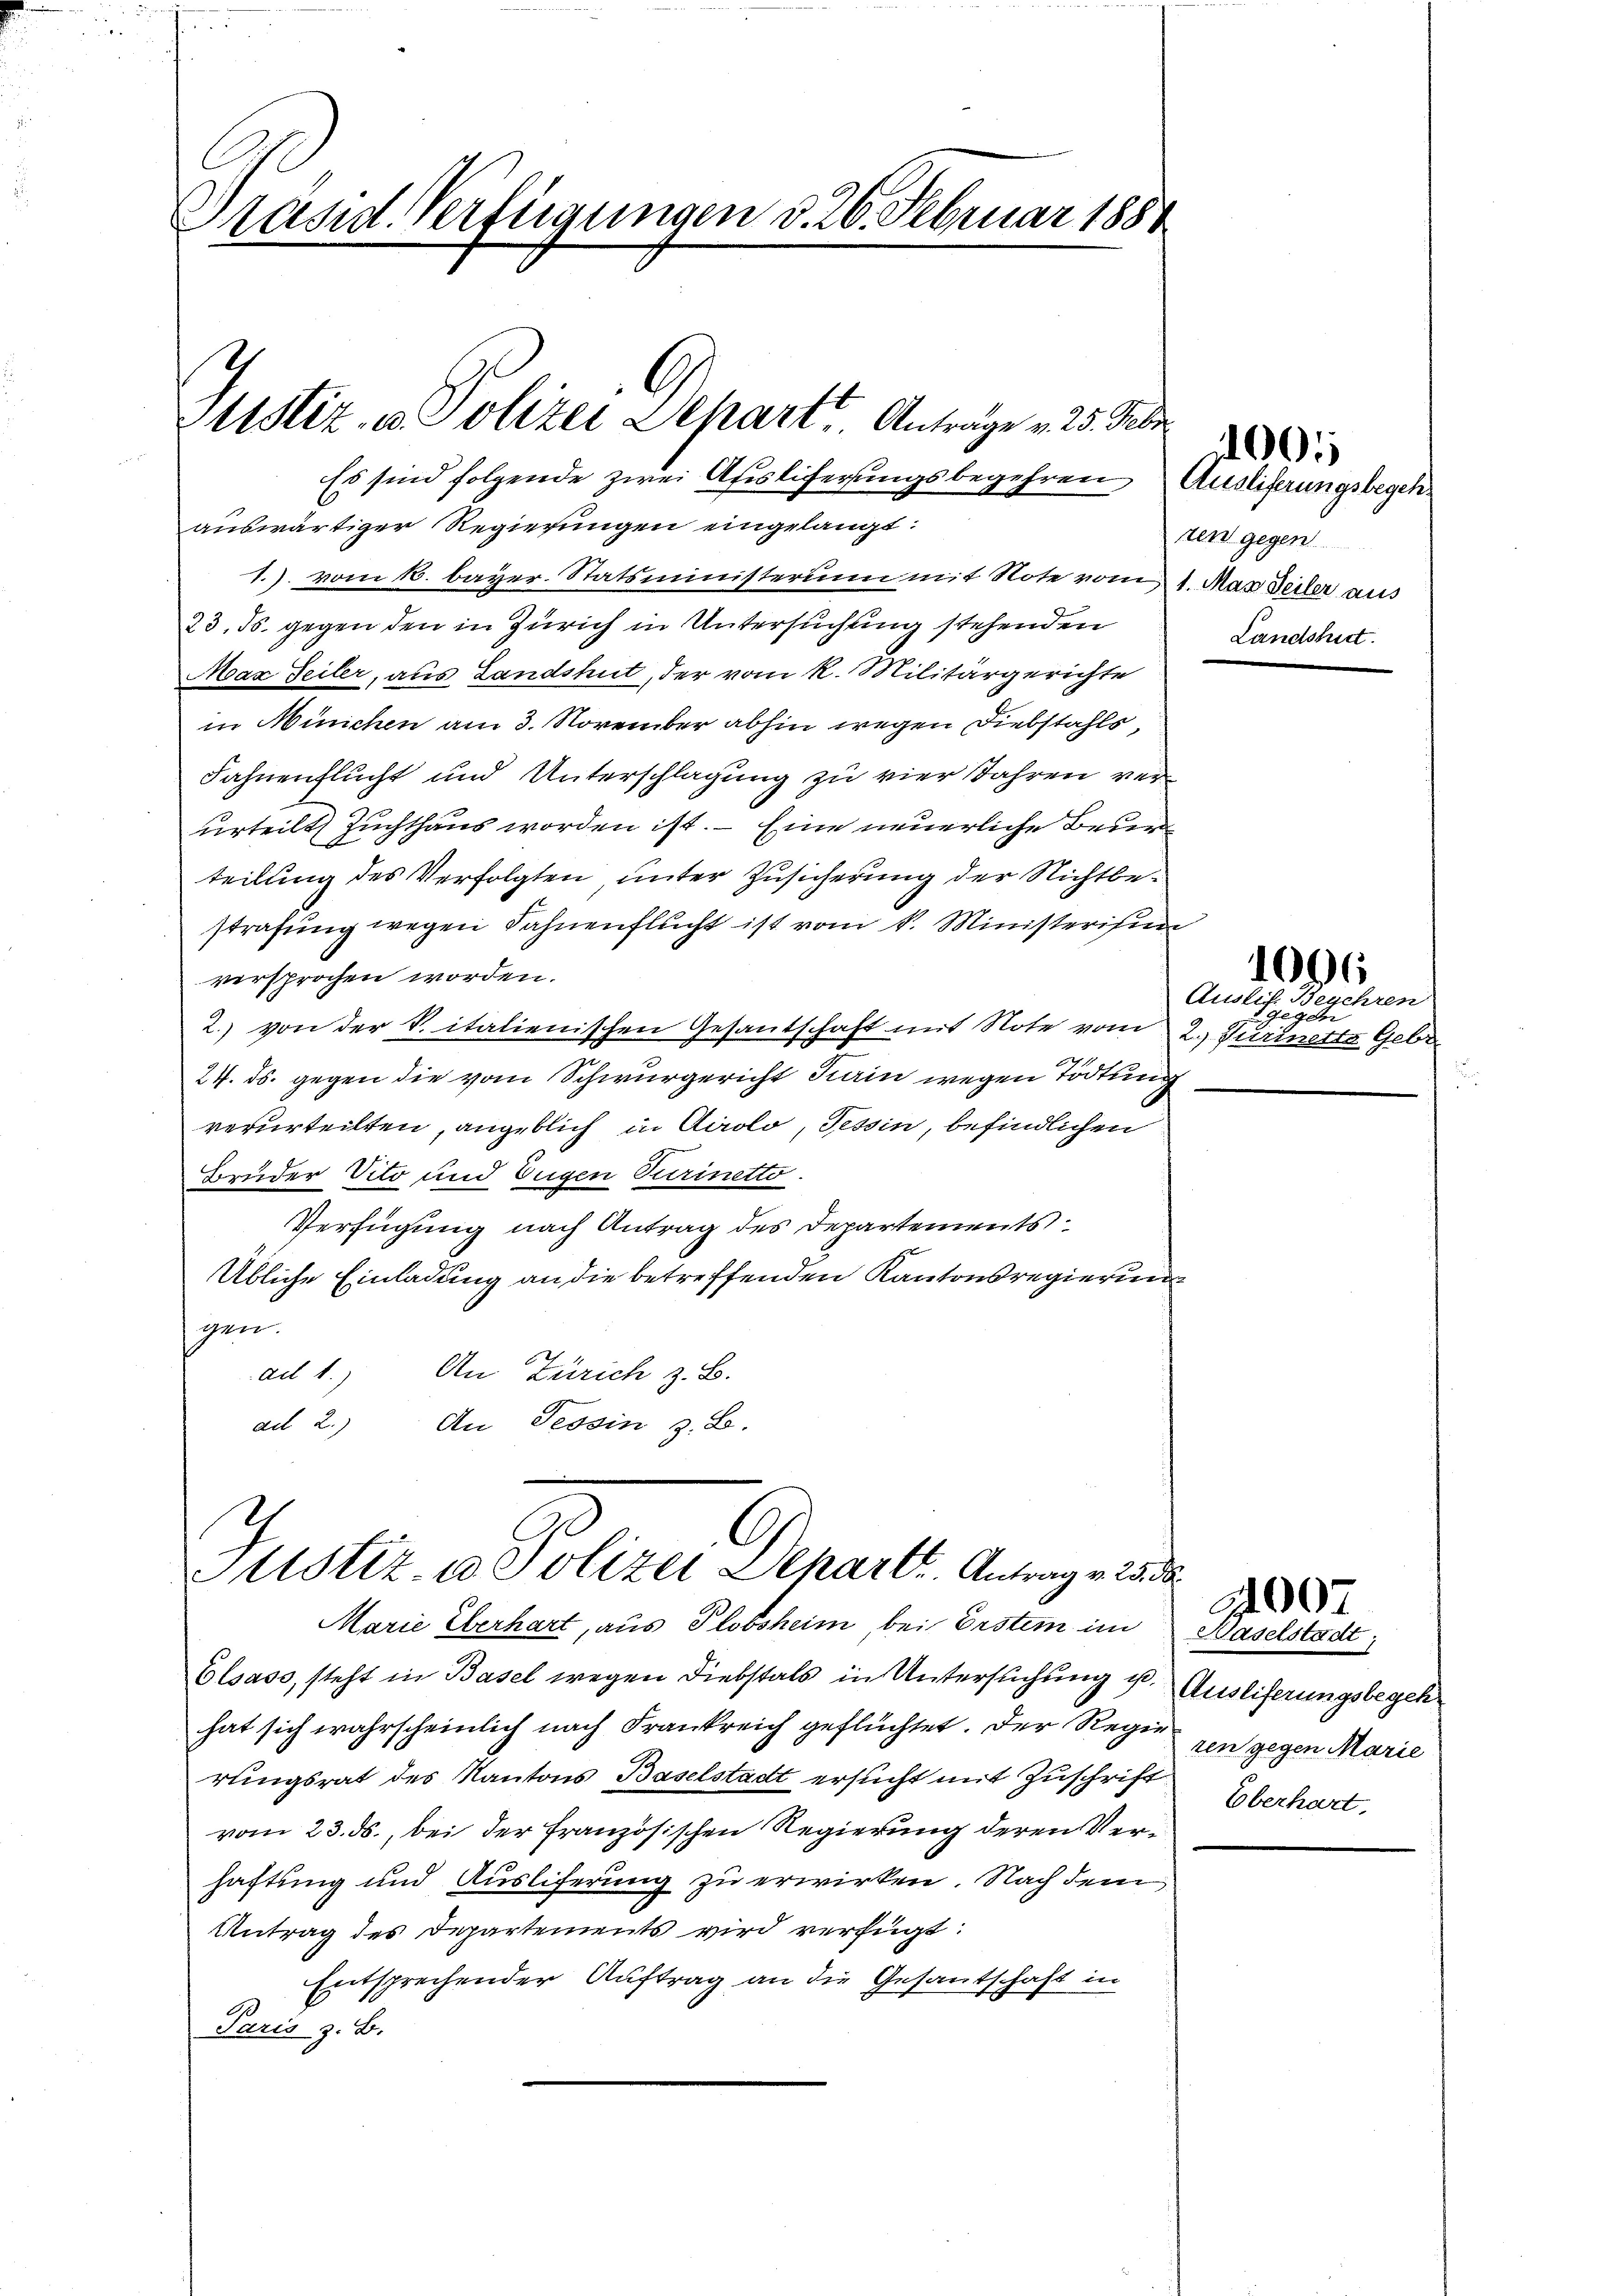
Präsid. Verfügungen d. 26. Februar 1884

Mistiz- u. Polizei Depart. Antrage v. 25. Febr.
Es sind folgende zwei Auslicherungsbegehren Ausliferungsbegeh¬

auswärtiger Regierungen eingelangt:
1.). vom 10. bayer. Statsministerum mit Note vom 1. May Seiter aus
23. ds. gegen den in Zürich in Untersuchung stehenden
Max Seiler, aus Landshut, der vom k. Militärgerichte
in München am 3. November abhin wegen Diebstahls,
Fahnenflucht und Unterschlagung zu vier Jahren verurteilt Zuchthaus worden ist. — Eine neuerliche Beur
teilung des Verfolgten unter Zusicherung der Nichtbestrafung wegen Fahnenflucht ist vom k. Ministerisin
versprochen worden.
2.) von der v. italienischen Gesantschaft mit Note vom 2. Turinetta Gebr
24. ds. gegen die vom Schwurgericht Kain wegen Tödtung
verurteilten, angeblich in Airolo, Tessin, befindlichen
Bruder Vito und Eugen Turinetto.
Verfügung nach Antrag des Departements
Übliche Einladung an die betreffenden Kantonsregierung
gen.
ad 1. An Zürich z. B.
ad 2.)
An Tessin z. B.

d
.
Justiz- u Polizei Depart. Antrag v. 25. 2
Marie Überhart, aus Plobsheim, bei Erstem im Haselstadt,

Elsass, steht in Basel wegen Diebstals in Untersuchung u. Ausliferungsbegehhat sich wahrscheinlich nach Frankreich geflüchtet. Der Regieren gegen Marie
rungsrat des Kantons Baselstadt ersucht mit Zuschrift Überhart,
vom 23. ds., bei der Französischen Regierung deren Verhaftung und Auslieferung zu erwirken. Nach dem
Antrag des Departements wird verfügt:
Entsprechender Auftrag an die Gesantschaft in
Paris z. B.

ten gegen
Landshut

00

Auslief. Begehren
Heg

1006

07